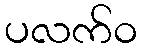
ပလက်ဝ